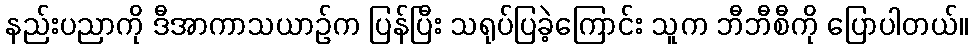
နည်းပညာကို ဒီအာကာသယာဉ်က ပြန်ပြီး သရုပ်ပြခဲ့ကြောင်း သူက ဘီဘီစီကို ပြောပါတယ်။